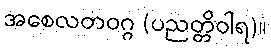
အစေလတဝဂ္ဂ (ပညတ္တိဝါရ)။